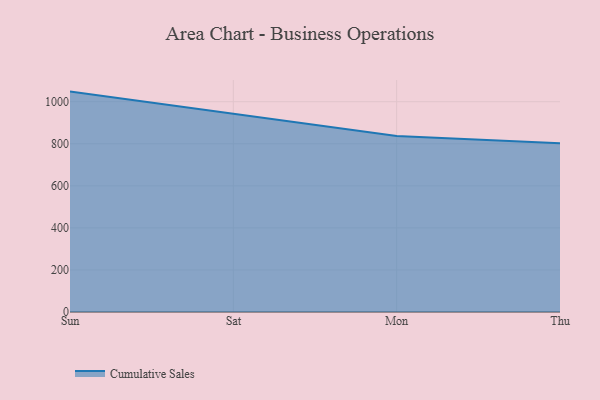
{"axis": {"x": "Day", "y": "Satisfaction Score"}, "legend": ["Cumulative Sales"], "data": [{"x": "Sun", "y": 1048.2, "type": "Cumulative Sales"}, {"x": "Sat", "y": 943.4, "type": "Cumulative Sales"}, {"x": "Mon", "y": 837.0, "type": "Cumulative Sales"}, {"x": "Thu", "y": 802.9, "type": "Cumulative Sales"}]}